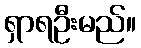
ရှာရဦးမည်။